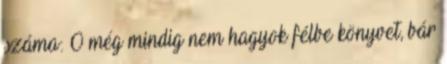
száma: 0 még mindig nem hagyok félbe könyvet, bár